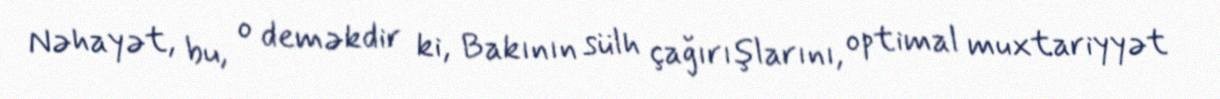
Nəhayət, bu, o deməkdir ki, Bakının sülh çağırışlarını, optimal muxtariyyət